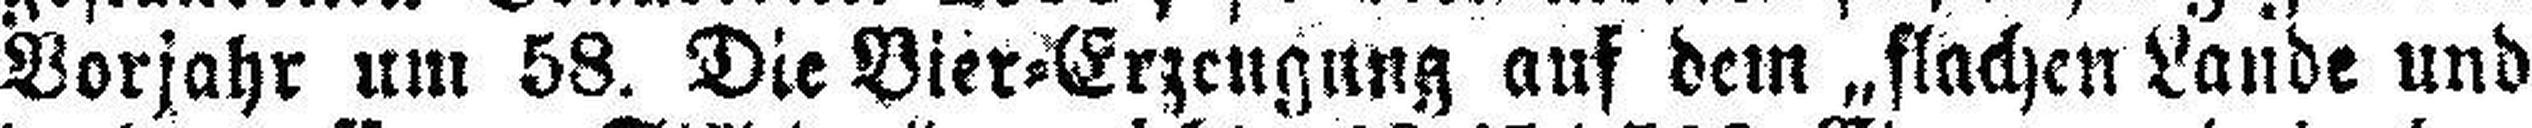
Vorjahr um 58. Die Vier=Erzeugung auf dem „flachen Lande und